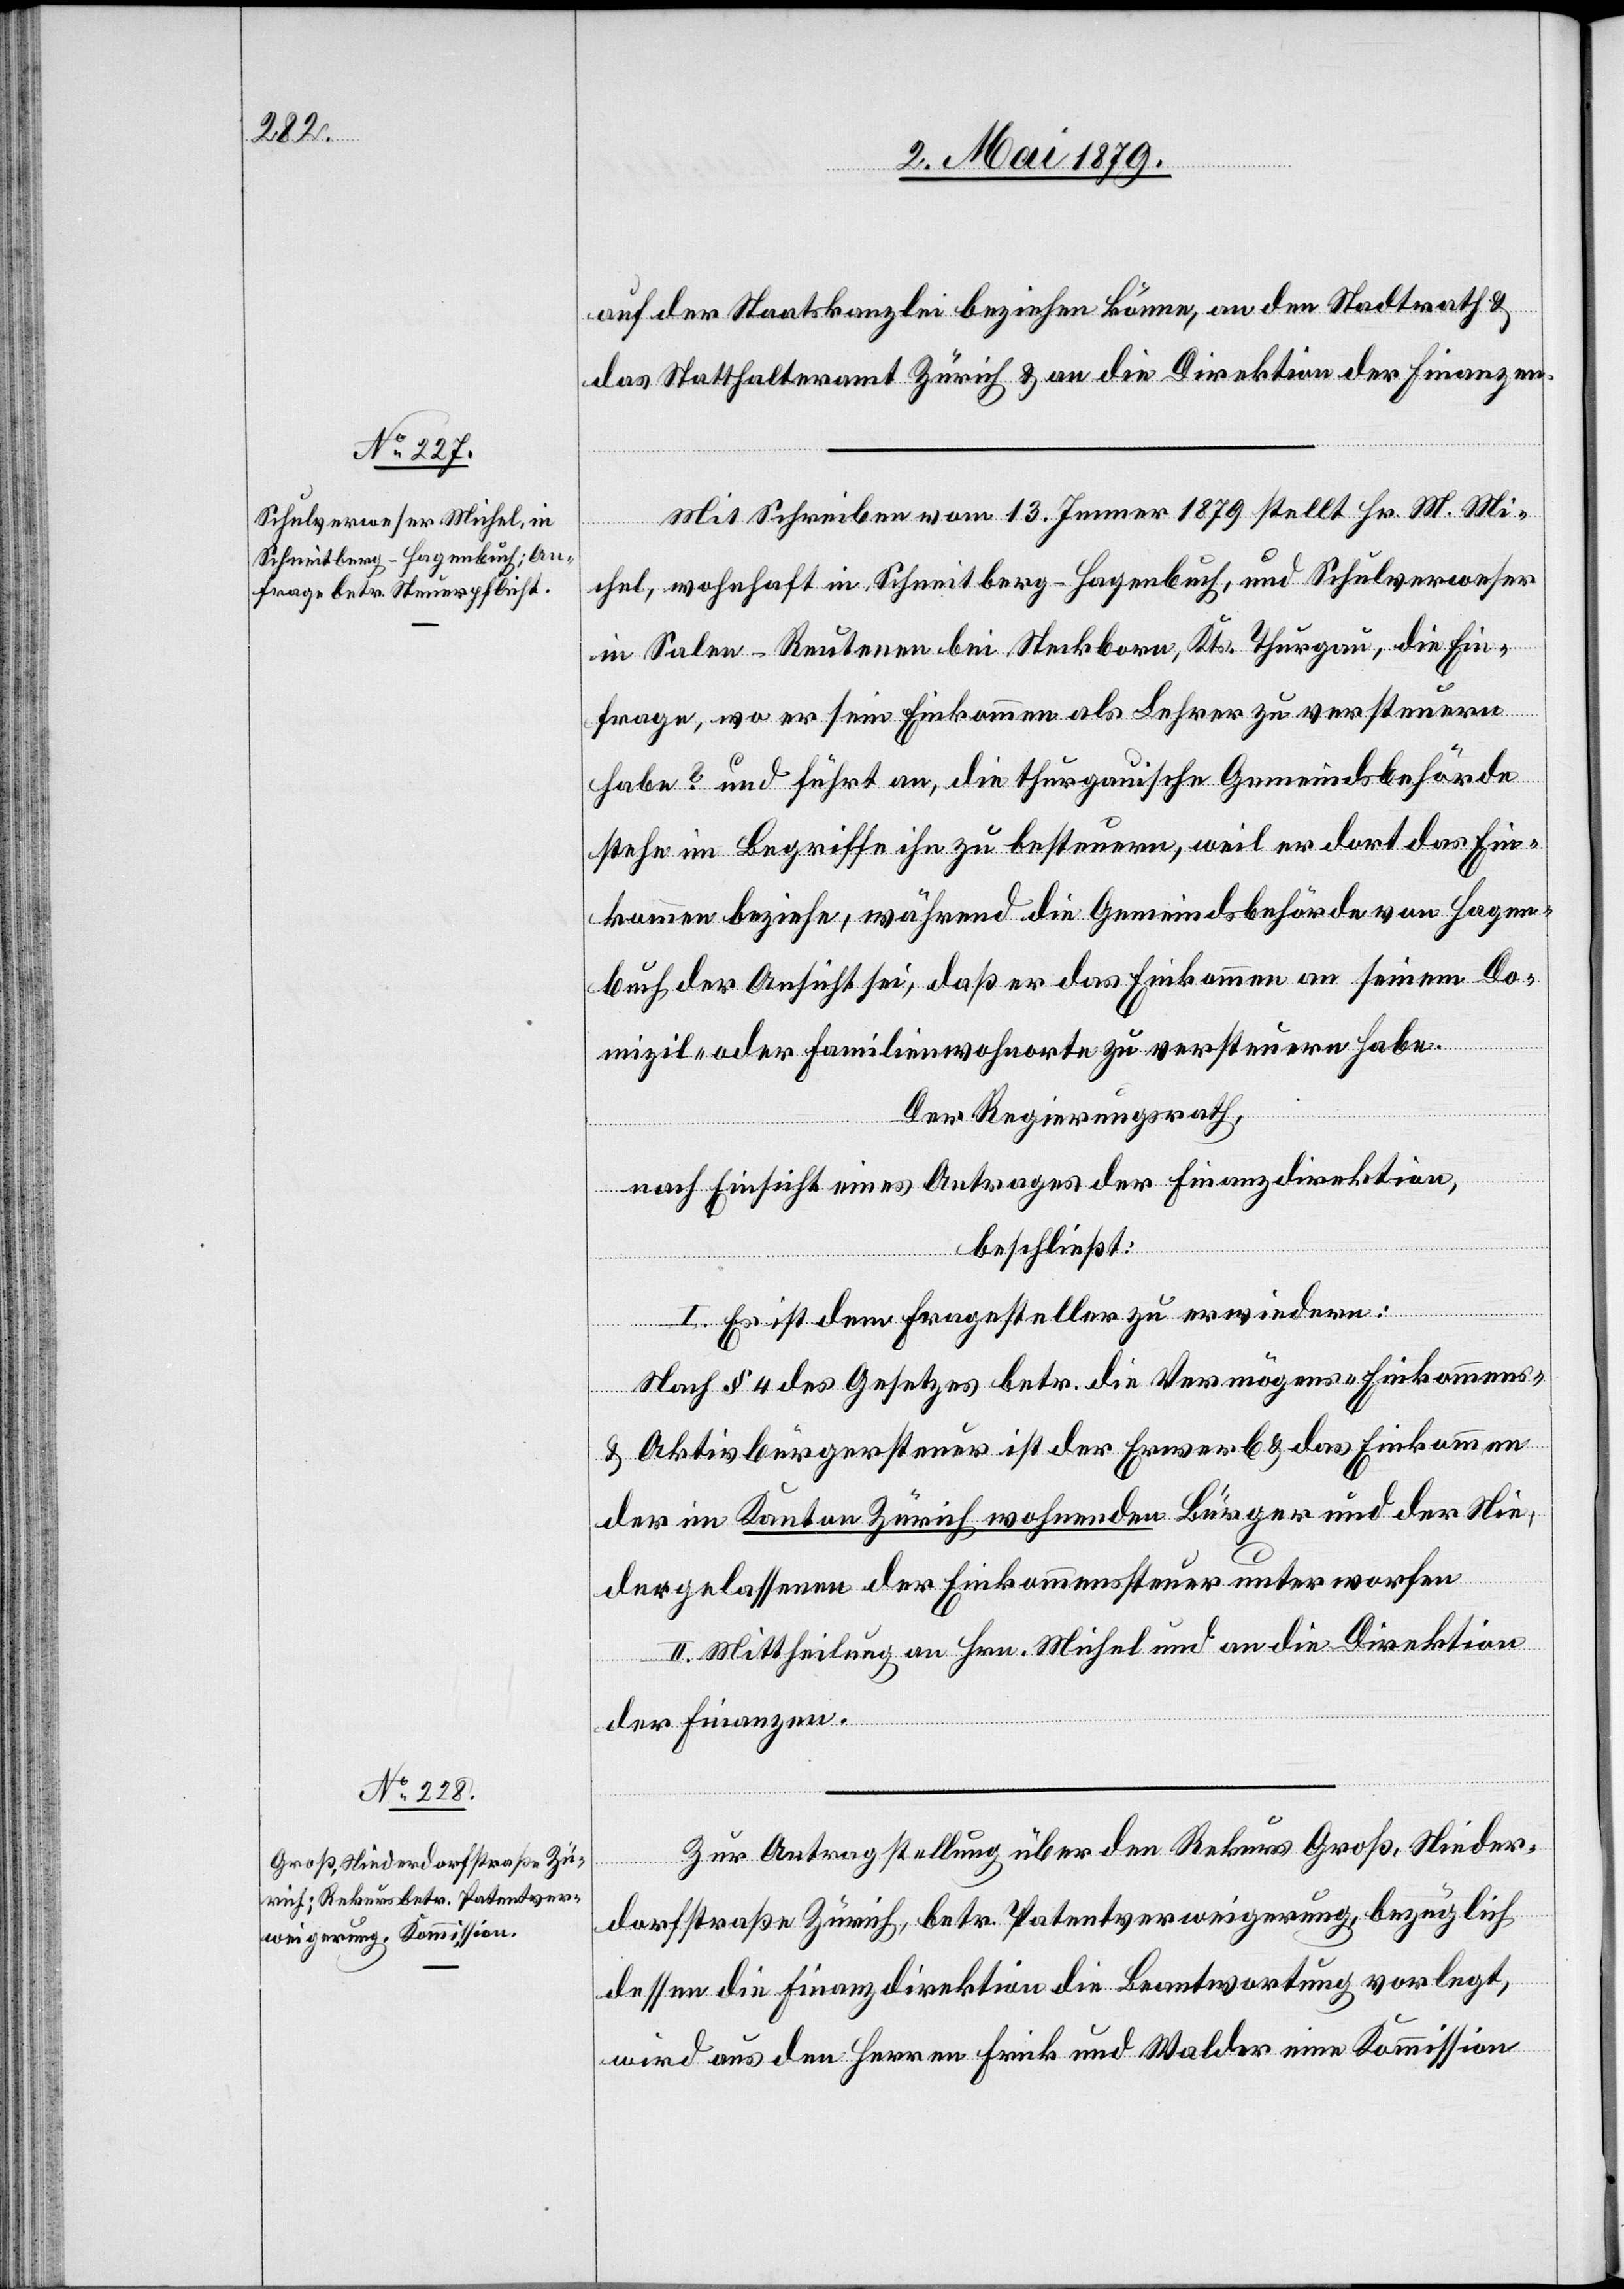
auf der Staatskanzlei beziehen könne, an den Stadtrath &
das Statthalteramt Zürich & an die Direktion der Finanzen.
Mit Schreiben vom 13. Jenner 1879 stellt Hr. M. Mi¬
chel, wohnhaft in Schneitberg - Hagenbuch, und Schulverweser
in Salen-Reutenen bei Steckborn, Kts. Thurgau, die Ein¬
frage, wo er sein Einkommen als Lehrer zu versteuern
habe? und führt an, die thurgauische Gemeindsbehörde
stehe im Begriffe ihn zu besteuern, weil er dort das Ein¬
kommen beziehe, während die Gemeindsbehörde von Hagen¬
buch der Ansicht sei, daß er das Einkommen an seinem Do¬
mizil- oder Familienwohnorte zu versteuern habe.
Der Regierungsrath,
nach Einsicht eines Antrages der Finanzdirektion,
beschließt:
I. Es ist dem Fragesteller zu erwiedern:
Nach § 4 des Gesetzes betr. die Vermögens- Einkommens-
& Aktivbürgersteuer ist der Erwerb & das Einkommen
der im Kanton Zürich wohnenden Bürger und der Nie¬
dergelassenen der Einkommenssteuer unterworfen[.]
II. Mittheilung an Hrn. Michel und an die Direktion
der Finanzen.
Zur Antragstellung über den Rekurs Groß, Nieder¬
dorfstraße Zürich, betr. Patentverweigerung, bezüglich
dessen die Finanzdirektion die Beantwortung vorlegt,
wird aus den Herren Frick und Walder eine Kommission